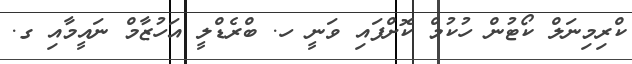
ކްރިމިނަލް ކޯޓުން ހުކުމް ކޮށްފައި ވަނީ ހ. ބްރެޑްލީ އަހުޒާމް ނައީމާއި ގ.